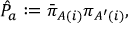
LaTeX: { \hat { \cal P } } _ { a } : = { \bar { \pi } } _ { A ( i ) } { \pi } _ { A ^ { \prime } ( i ) } ,